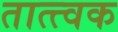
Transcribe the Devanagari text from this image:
तात्त्वक